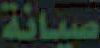
صيانة